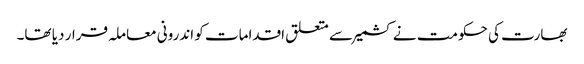
بھارت کی حکومت نے کشمیر سے متعلق اقدامات کو اندرونی معاملہ قرار دیا تھا۔